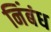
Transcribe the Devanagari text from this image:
निंबंध